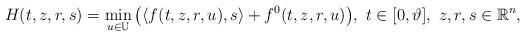
LaTeX: \begin{align*}H(t,z,r,s) = \min\limits_{u \in \mathbb U} \big(\langle f(t,z,r,u), s \rangle + f^0(t,z,r,u)\big),\ t \in [0,\vartheta],\ z,r,s \in \mathbb R^n,\end{align*}